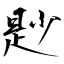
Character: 尟